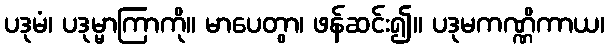
ပဒုမံ၊ ပဒုမ္မာကြာကို။ မာပေတွာ၊ ဖန်ဆင်း၍။ ပဒုမကဏ္ဏိကာယ၊